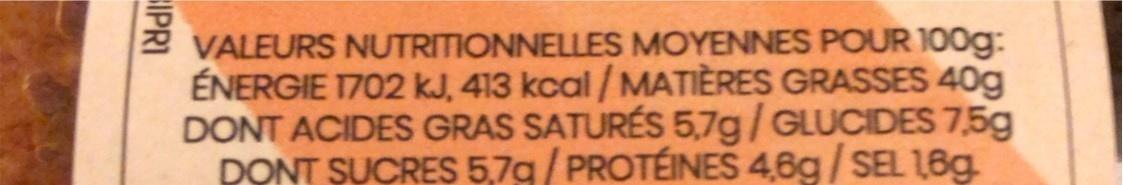
VALEURS NUTRITIONNELLES MOYENNES POUR 100g: ÉNERGIE 1702 kJ, 413 kcal / MATIÈRES GRASSES 40g DONT ACIDES GRAS SATURÉS 5,7g/GLUCIDES 7,5g DONT SUCRES 5,7g/ PROTÉINES 4,6g/SEL 16g.
IPRI